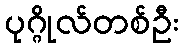
ပုဂ္ဂိုလ်တစ်ဦး